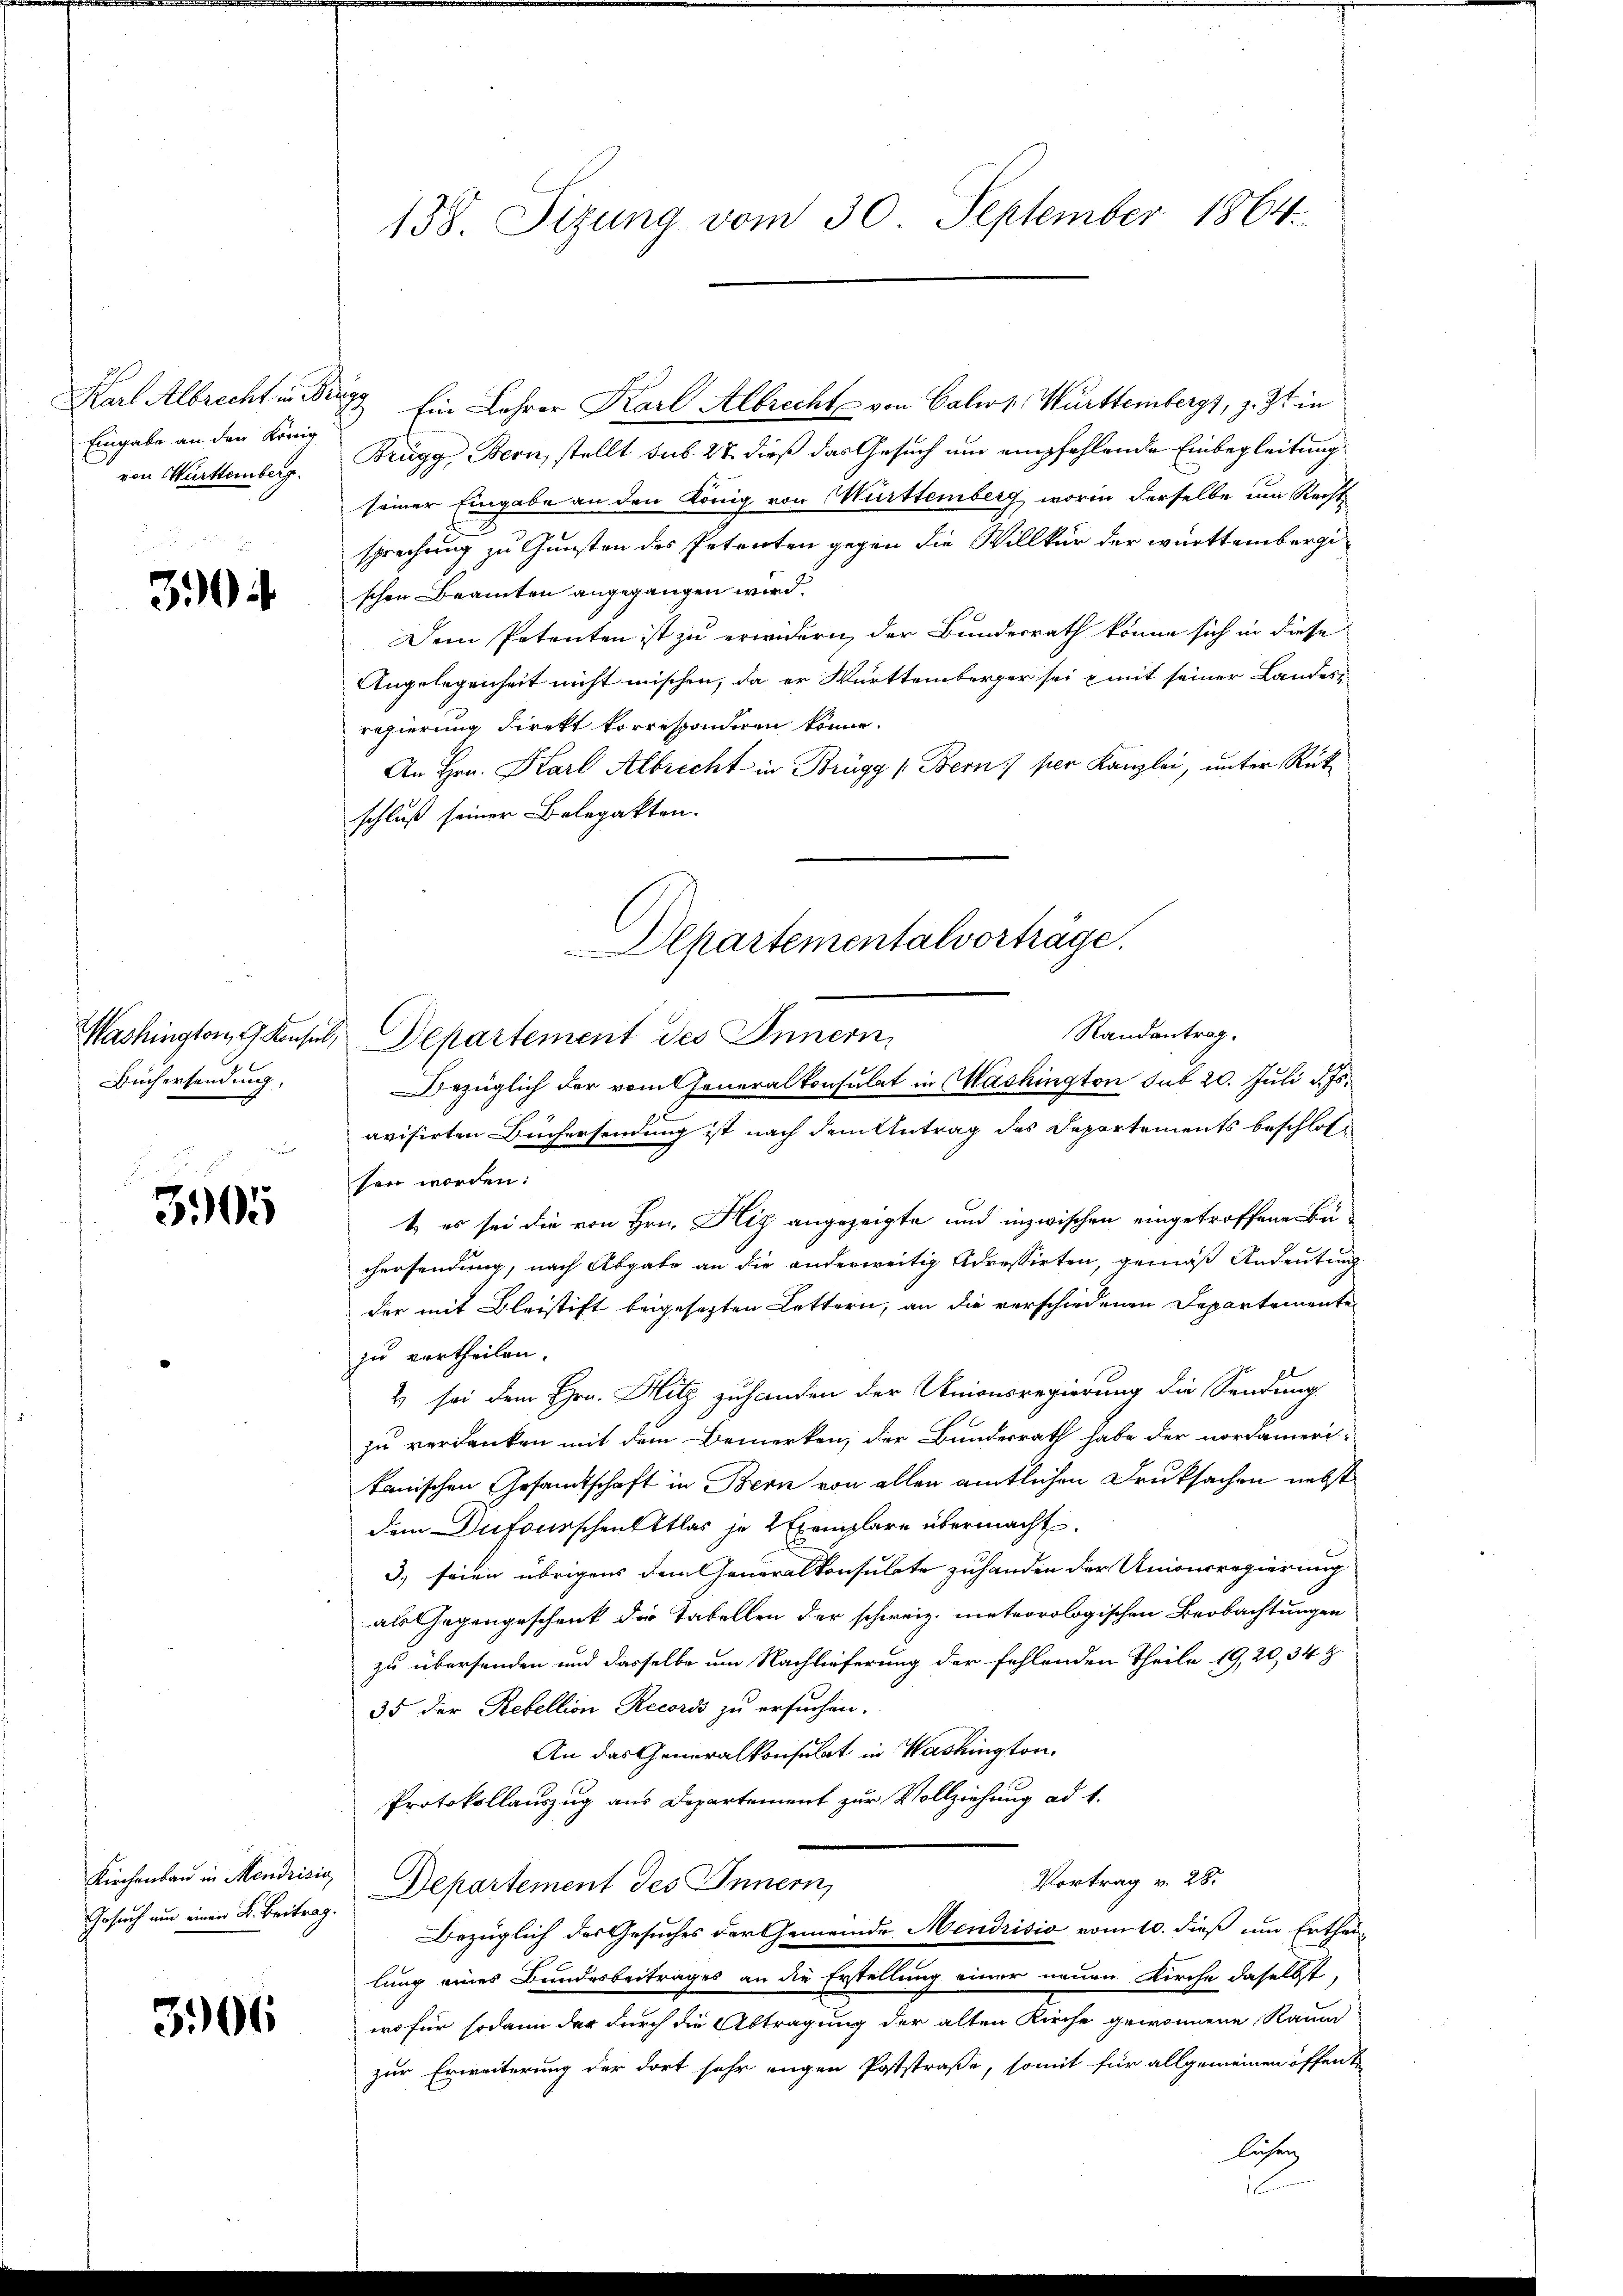
Karl Albrecht in Br
Eingabe an den König
von Württemberg.

30

Washington, G. Konsul,
Büchersendung,

3905

Kirchenbau in Mendrisio
Gesuch um einer B. Beitrag.

3906

138. Sizung vom 30. September 1864.

13 Ein Lehrer Karl Albrecht von Calws Württembergs, z. Zt. in
Brugg, Bern, stellt sub 28 dieß das Gesuch um empfehlende Einbegleitung
seiner Eingabe an den König von Württemberg worin derselbe um Recht
sprechung zu Gunsten des Petenten gegen die Willkür der württembergi
schen Beamten angegangen wird.
Dem Petenten ist zu erwidern der Bundesrath könne sich in diese
Angelegenheit nicht mischen, da er Württemberger sei mit seiner Landes-
regierung direkt korrespondiren könne.
An Hrn. Karl Albrecht in Brügg (Bern) per Kanzlei, unter Rükschluß seiner Belegatten.
Bezüglich der vom Generalkonsulat in Washington sub 20. Juli d. Js.
avisirten Büchersendung ist nach dem Antrag des Departements beschlossen worden:
t, es sei die von Hrn. Hiz angezeigte und inzwischen eingetroffene Büchersendung, nach Abgabe an die anderweitig Adressirten, gemäß Andeutung
der mit Bleistift beigesezten Lettern, an die verschiedenen Departemente
zu vertheilen.
2 sei dem Hrn. Hitz zuhanden der Unionsregierung die Sendung
zu verdanken mit dem Bemerken, der Bundesrath habe der nordameri-
tanischen Gesandtschaft in Bern von allen amtlichen Druksachen nebst
dem Dufourschenk klas je 2 Exemplare übermacht.
3) seien übrigens dem Generalkonsulate zuhanden der Unionsregierung
als Gegengeschenk die Tabellen der schweiz. meteorologischen Beobachtungen
zu übersenden und dasselbe um Nachlieferung der fehlenden Theile 19, 20, 34 Z.
35 der Rebellion Recoris zu ersuchen.
An das Generalkonsulat in Washington,
Protokollauszug aus Departement zur Vollziehung ad 1.
Vortrag v. 28.
Departement des Innern,
Bezüglich des Gesuches der Gemeinde Mendrisio vom 10. dieß um Ertheilung eines Bundesbeitrages an die Erstellung einer neuen Kirche daselbst,
wofür sodann der durch die Abtragung der alten Kirche gewonnene Raum
zur Erweiterung der dort sehr engen Poststraße, somit für allgemeinen öffent
luser

Alpartementalvorträge.
Randantrag.
Departement des Innern,

.